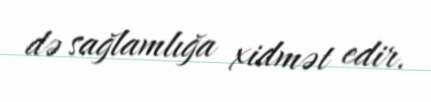
də sağlamlığa xidmət edir.